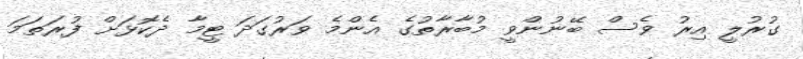
ގުރުލީ އިރު ވެސް ބޭނުންވީ މުބާރާތުގެ އެންމެ ވަރުގަދަ ޓީމާ ދެކޮޅަށް ފުރަތަމަ